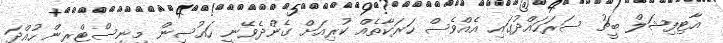
އާޓިފިޝަލް ބީޗު ސަރަހައްދުގައި އެއްވެސް ހަރަކާތެއް ކުރިއަށް ގެންދެވޭނީ ހައުސިން މިނިސްޓްރީން ހުއްދަ